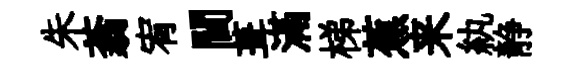
朱蓊宥閫葺滿梯蕉来紈静